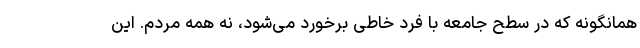
همانگونه که در سطح جامعه با فرد خاطی برخورد می‌شود، نه همه مردم. این